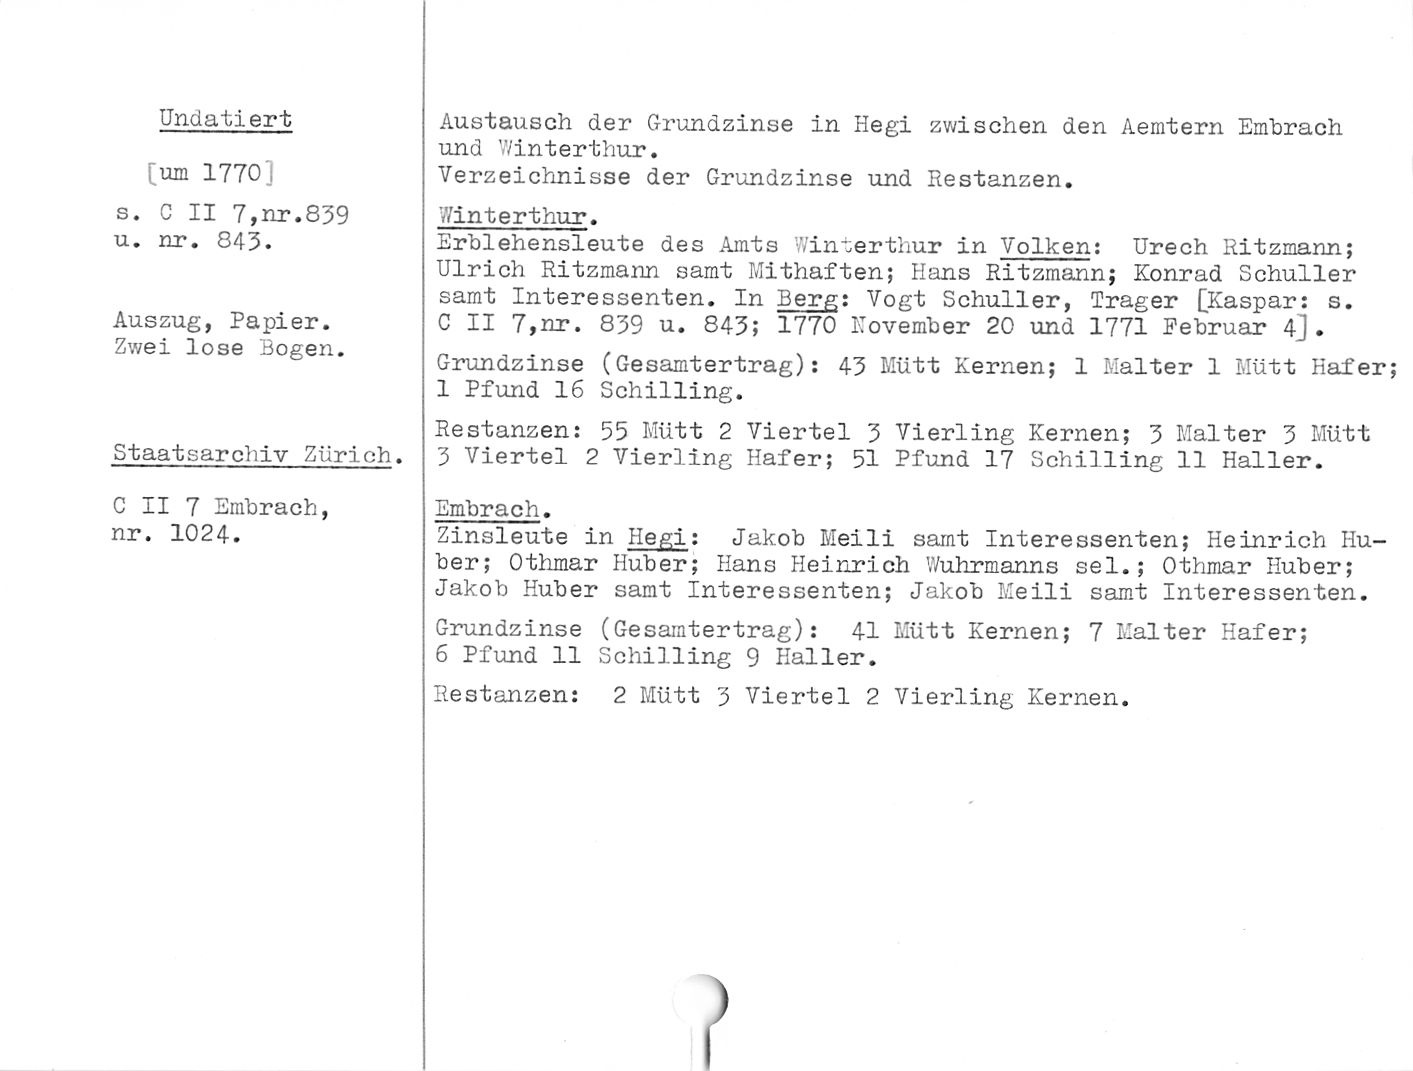
Undatiert

[um 1770]

s. C II 7,nr.839
u. nr. 843.

Auszug, Papier.

Zwei lose Logen.

Staatsarchiv Zürich.

C II 7 Entbrach,
nr. 1024.

Austausch der Grundzinse in Hegi zwischen den Aemtern Embrach
und V/interthur.

Verzeichnisse der Grundzinse und Lestanzen.

Winterthur.

Erblehensleute des Amts Winterthur in Volken; Urech Ritzmann;
Ulrich Ritzmann samt Mithaften; Hans Ritzmann; Konrad Schüller
samt Interessenten. In Berg: Vogt Schüller, Träger [Kaspar: s.

C II 7,nr. 839 u. 643; 1770 Kovember 20 und 1771 Februar 4j.

Grundzinse (Gesamtertrag): 43 Mütt Kernen; 1 Malter 1 Mütt Hafer
1 Pfund 16 Schilling.

Restanzen: 55 Mütt 2 Viertel 3 Vierling Kernen; 3 Malter 3 Mütt
3 Viertel 2 Vierling Hafer; 51 Pfund 17 Schilling 11 Haller.

Embrach.

Zinsleute in Hegi: Jakob Meili samt Interessenten; Heinrich Hu¬

ber; Othmar Huber; Hans Heinrich Wuhrmanns sei.; Othmar Huber;
Jakob Huber samt Interessenten; Jakob Meili samt Interessenten.

Grundzinse (Gesamtertrag): 41 Mütt Kernen; 7 Malter Hafer;

6 Pfund 11 Schilling 9 Kaller.

Restanzen: 2 Mütt 3 Viertel 2 Vierling Kernen.

)